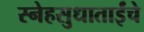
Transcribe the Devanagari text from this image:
स्नेहसुधाताईंचे